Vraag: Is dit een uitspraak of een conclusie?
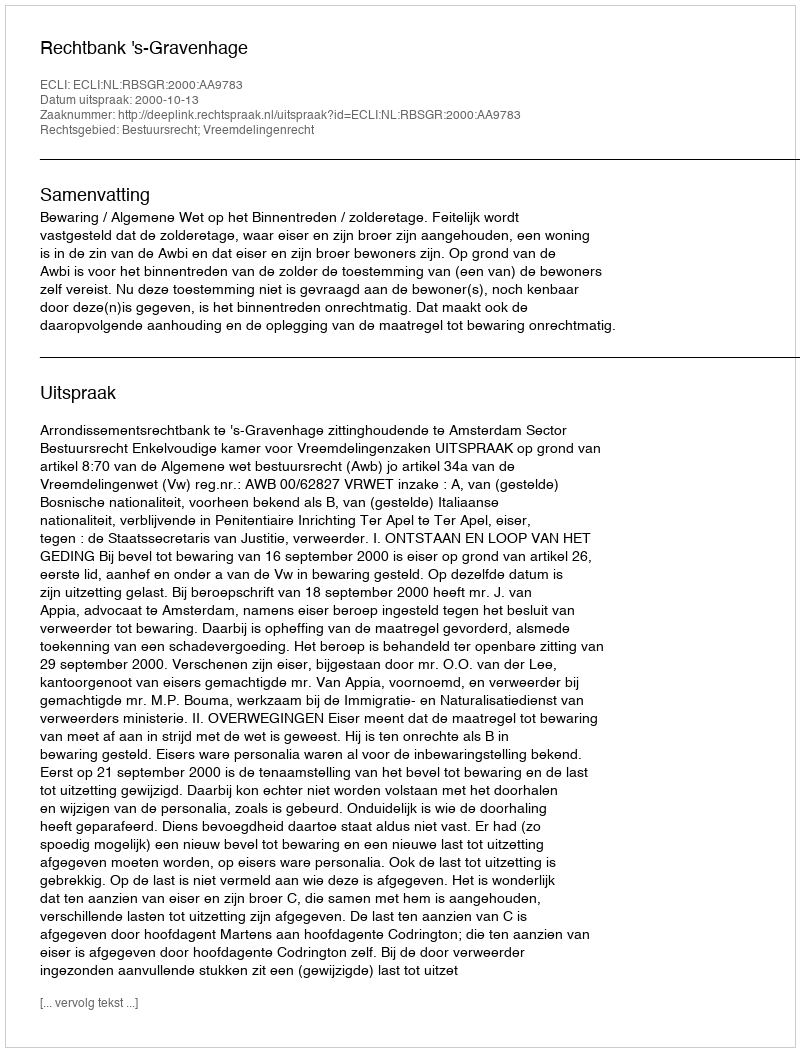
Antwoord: Uitspraak